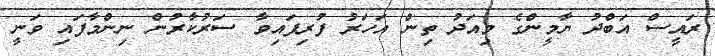
ރައީސް އަބްދު ޔާމީންގެ މިއަދު ތިން އަހަރު ފުރިފައިވާ ސަރުކާރުން ނިންމާފައި ވަނީ